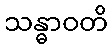
သန္ဓာဝတိ